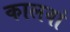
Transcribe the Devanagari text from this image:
कालवां